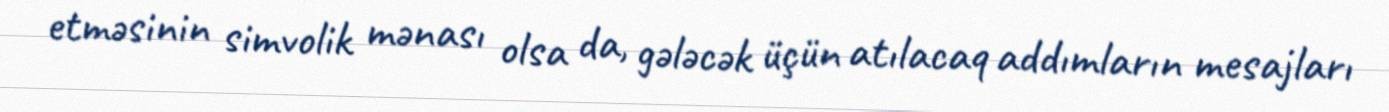
etməsinin simvolik mənası olsa da, gələcək üçün atılacaq addımların mesajları